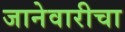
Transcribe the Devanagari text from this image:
जानेवारीचा